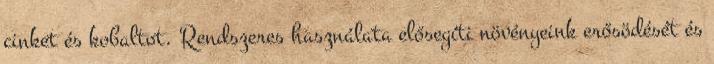
cinket és kobaltot. Rendszeres használata elősegíti növényeink erősödését és